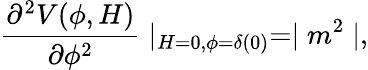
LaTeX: \frac{\partial^{2}V(\phi,H)}{\partial\phi^{2}}\mid_{H=0,\phi=\delta(0)}=\mid m^{2}\mid,